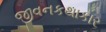
જીવનકથાકાર